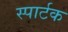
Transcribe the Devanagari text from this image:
स्पार्टक